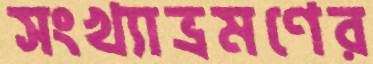
সংখ্যাভ্রমণের